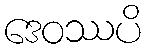
ဒေဝဿပိ